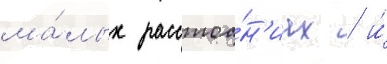
ма́лых расстоа́н'иах / и́